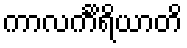
ကာလင်္ကိရိယာတိ